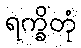
ရက္ခိတုံ